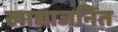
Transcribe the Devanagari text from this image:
खाद्याजनित